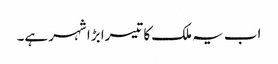
اب یہ ملک کا تیسرا بڑا شہر ہے۔